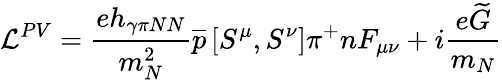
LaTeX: {\cal L}^{PV}=\frac{eh_{\gamma\pi NN}}{m_{N}^{2}}\overline{{{p}}}\left[S^{\mu},S^{\nu}\right]\pi^{+}nF_{\mu\nu}+i\frac{e\widetilde{G}}{m_{N}}